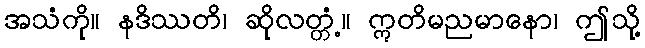
အသံကို။ နဒိဿတိ၊ ဆိုလတ္တံ့။ ဣတိမညမာနော၊ ဤသို့